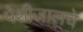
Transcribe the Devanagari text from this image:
पेशीजालचे